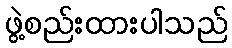
ဖွဲ့စည်းထားပါသည်